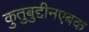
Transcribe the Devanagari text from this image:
कुतुबुद्दीनएबक